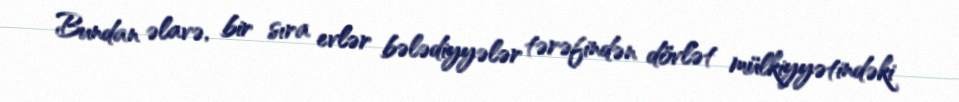
Bundan əlavə, bir sıra evlər bələdiyyələr tərəfindən dövlət mülkiyyətindəki